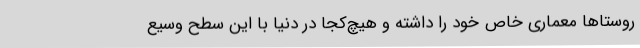
روستاها معماری خاص خود را داشته و هیچ‌کجا در دنیا با این سطح وسیع